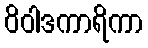
ဝိဝါဒကာရိကာ